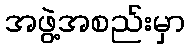
အဖွဲ့အစည်းမှာ